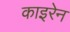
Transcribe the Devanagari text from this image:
काइरेन